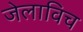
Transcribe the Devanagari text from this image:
जेलाविच